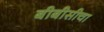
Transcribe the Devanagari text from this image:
बीबीसीचा